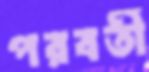
পরবর্তী